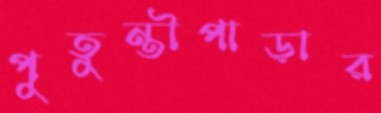
পুতুন্তীপাড়ার